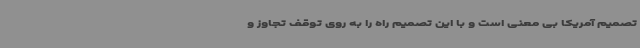
تصمیم آمریکا بی معنی است و با این تصمیم راه را به روی توقف تجاوز و